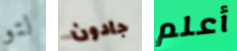
لتو جادون أعلم